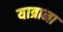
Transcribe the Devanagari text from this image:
यात्राना